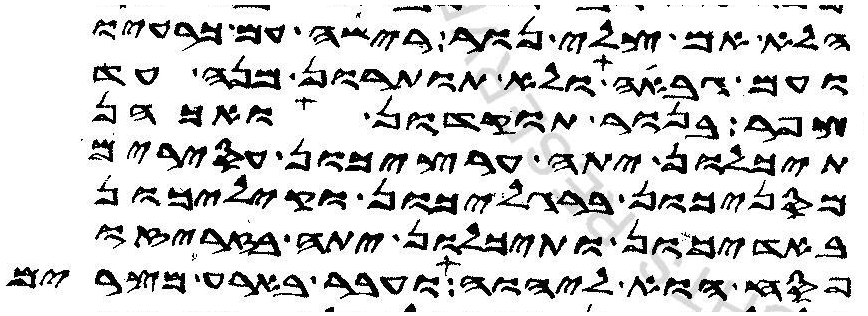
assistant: הלא אם צלי נור רישה עם כרעיו
ועם גבאה ולא תותרון מנה עד
צפר בנור תוקדון ואכהן
תיכלונ יתה ערציכון עסירים
מסניכון ברגליכון וקיליכון
באדיכון ותיכלון יתה בזריזה
פסח הוא ליהוה ועבר בארע מצרים